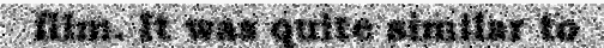
film. It was quite similar to